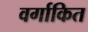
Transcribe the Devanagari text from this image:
वर्गाकित